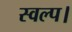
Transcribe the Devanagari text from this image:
स्वल्प।